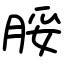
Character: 脮